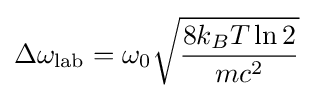
\Delta \omega _{\text{lab}}=\omega _{0}{\sqrt {\frac {8k_{B}T\ln 2}{mc^{2}}}}